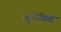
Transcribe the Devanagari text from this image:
कूरीतियों